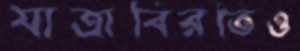
যাত্রাবিরতিও